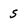
Character: 5